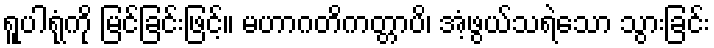
ရူပါရုံကို မြင်ခြင်းဖြင့်။ မဟာဂတိကတ္တာပိ၊ အံ့ဖွယ်သရဲသော သွားခြင်း